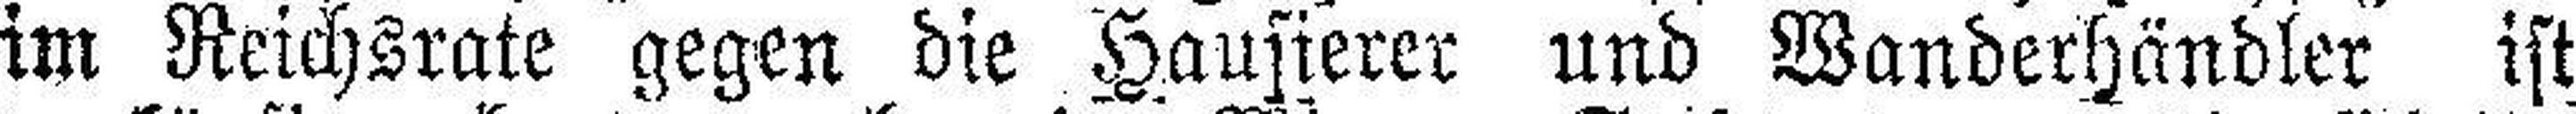
im Reichsrate gegen die Hausierer und Wanderhändler ist